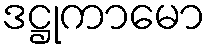
ဒဋ္ဌုကာမော